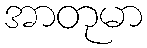
အာတုမာ